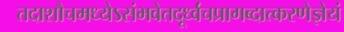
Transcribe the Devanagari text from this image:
तदाशौचमध्येऽसंभवेतदूर्ध्वंचप्रागब्दात्करणेज्ञेयं